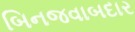
બિનજવાબદાર